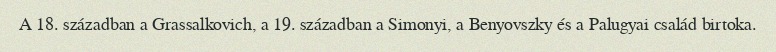
A 18. században a Grassalkovich, a 19. században a Simonyi, a Benyovszky és a Palugyai család birtoka.